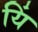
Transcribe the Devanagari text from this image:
यिं